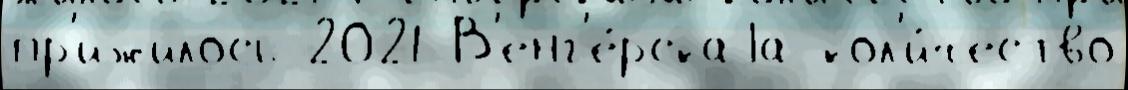
пр'ижилось 2021 В'енг'е́рскаjа кол'и́чество